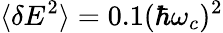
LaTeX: \langle\delta E^{2}\rangle=0.1(\hbar\omega_{c})^{2}